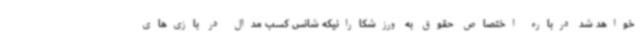
خواهد شد درباره اختصاص حقوق به ورزشکارانیکه شانس کسب مدال در بازی‌های